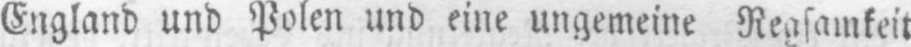
England und Polen und eine ungemeine Regsamkeit